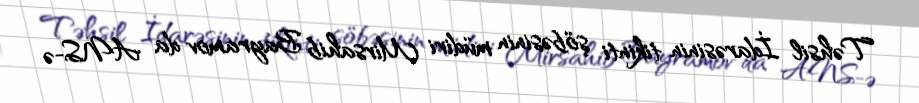
Təhsil İdarəsinin tikinti şöbəsinin müdiri Mirsahib Bayramov da ANS-ə